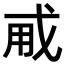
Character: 𢦨